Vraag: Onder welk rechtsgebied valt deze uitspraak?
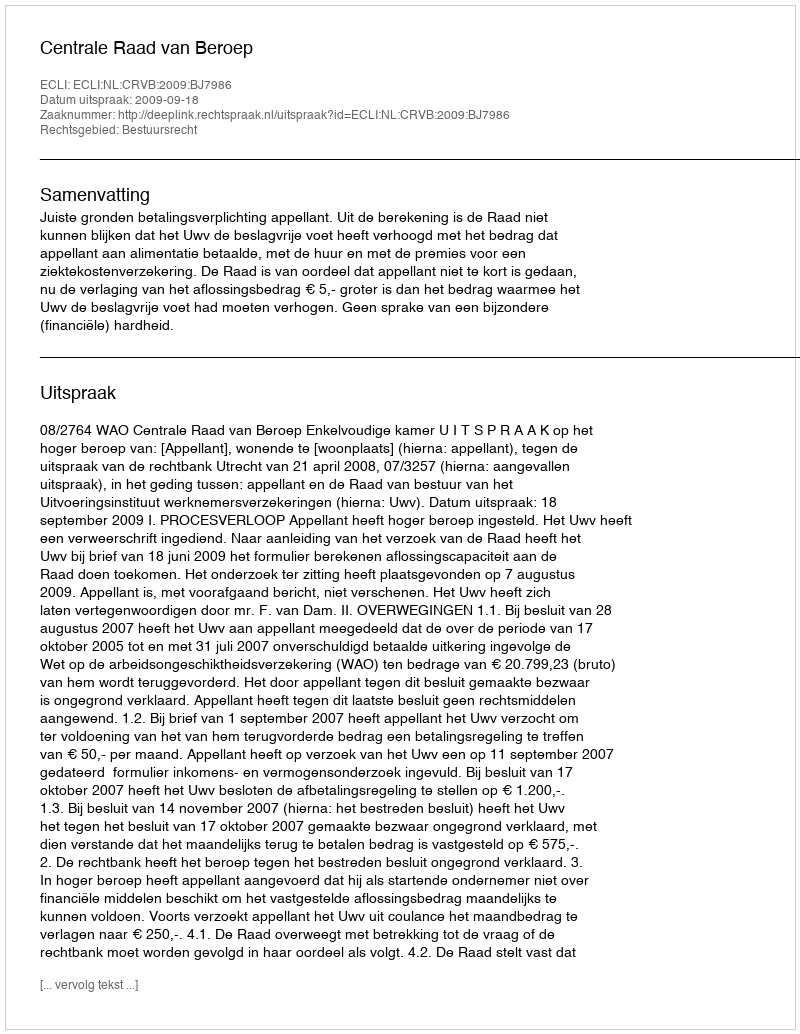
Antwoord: Bestuursrecht